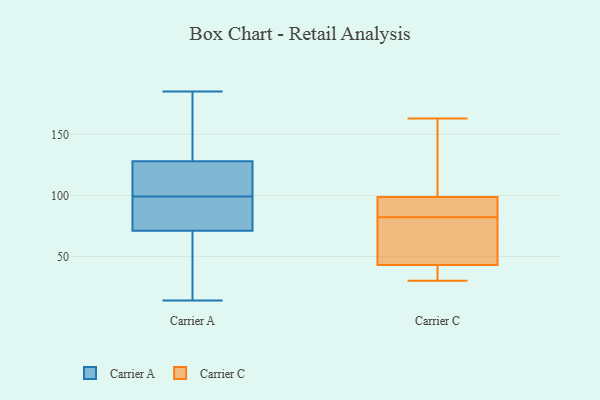
{"axis": {"x": "Churn Rate (%)", "y": "Value"}, "legend": ["Carrier A", "Carrier C"], "data": [{"x": "", "y": 128, "type": "Carrier A"}, {"x": "", "y": 89, "type": "Carrier A"}, {"x": "", "y": 128, "type": "Carrier A"}, {"x": "", "y": 98, "type": "Carrier A"}, {"x": "", "y": 100, "type": "Carrier A"}, {"x": "", "y": 185, "type": "Carrier A"}, {"x": "", "y": 71, "type": "Carrier A"}, {"x": "", "y": 37, "type": "Carrier A"}, {"x": "", "y": 47, "type": "Carrier A"}, {"x": "", "y": 185, "type": "Carrier A"}, {"x": "", "y": 14, "type": "Carrier A"}, {"x": "", "y": 119, "type": "Carrier A"}, {"x": "", "y": 104, "type": "Carrier A"}, {"x": "", "y": 31, "type": "Carrier A"}, {"x": "", "y": 154, "type": "Carrier A"}, {"x": "", "y": 73, "type": "Carrier A"}, {"x": "", "y": 135, "type": "Carrier A"}, {"x": "", "y": 94, "type": "Carrier A"}, {"x": "", "y": 40, "type": "Carrier C"}, {"x": "", "y": 75, "type": "Carrier C"}, {"x": "", "y": 91, "type": "Carrier C"}, {"x": "", "y": 163, "type": "Carrier C"}, {"x": "", "y": 91, "type": "Carrier C"}, {"x": "", "y": 32, "type": "Carrier C"}, {"x": "", "y": 107, "type": "Carrier C"}, {"x": "", "y": 30, "type": "Carrier C"}, {"x": "", "y": 153, "type": "Carrier C"}, {"x": "", "y": 82, "type": "Carrier C"}, {"x": "", "y": 54, "type": "Carrier C"}, {"x": "", "y": 44, "type": "Carrier C"}, {"x": "", "y": 96, "type": "Carrier C"}]}